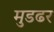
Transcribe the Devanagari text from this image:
मुडढर